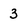
Character: 3